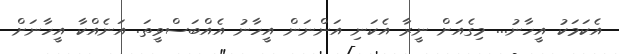
އެކަމަކު އީހާނު... މިގެއަށް ނީރާ އެކަނި އަންނަން އީހާނު އެއްބަސްވީތަ. އަނެއްކާ އީހާނަށް